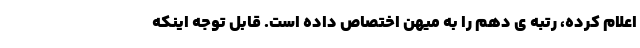
اعلام کرده، رتبه ی دهم را به میهن اختصاص داده است. قابل توجه اینکه